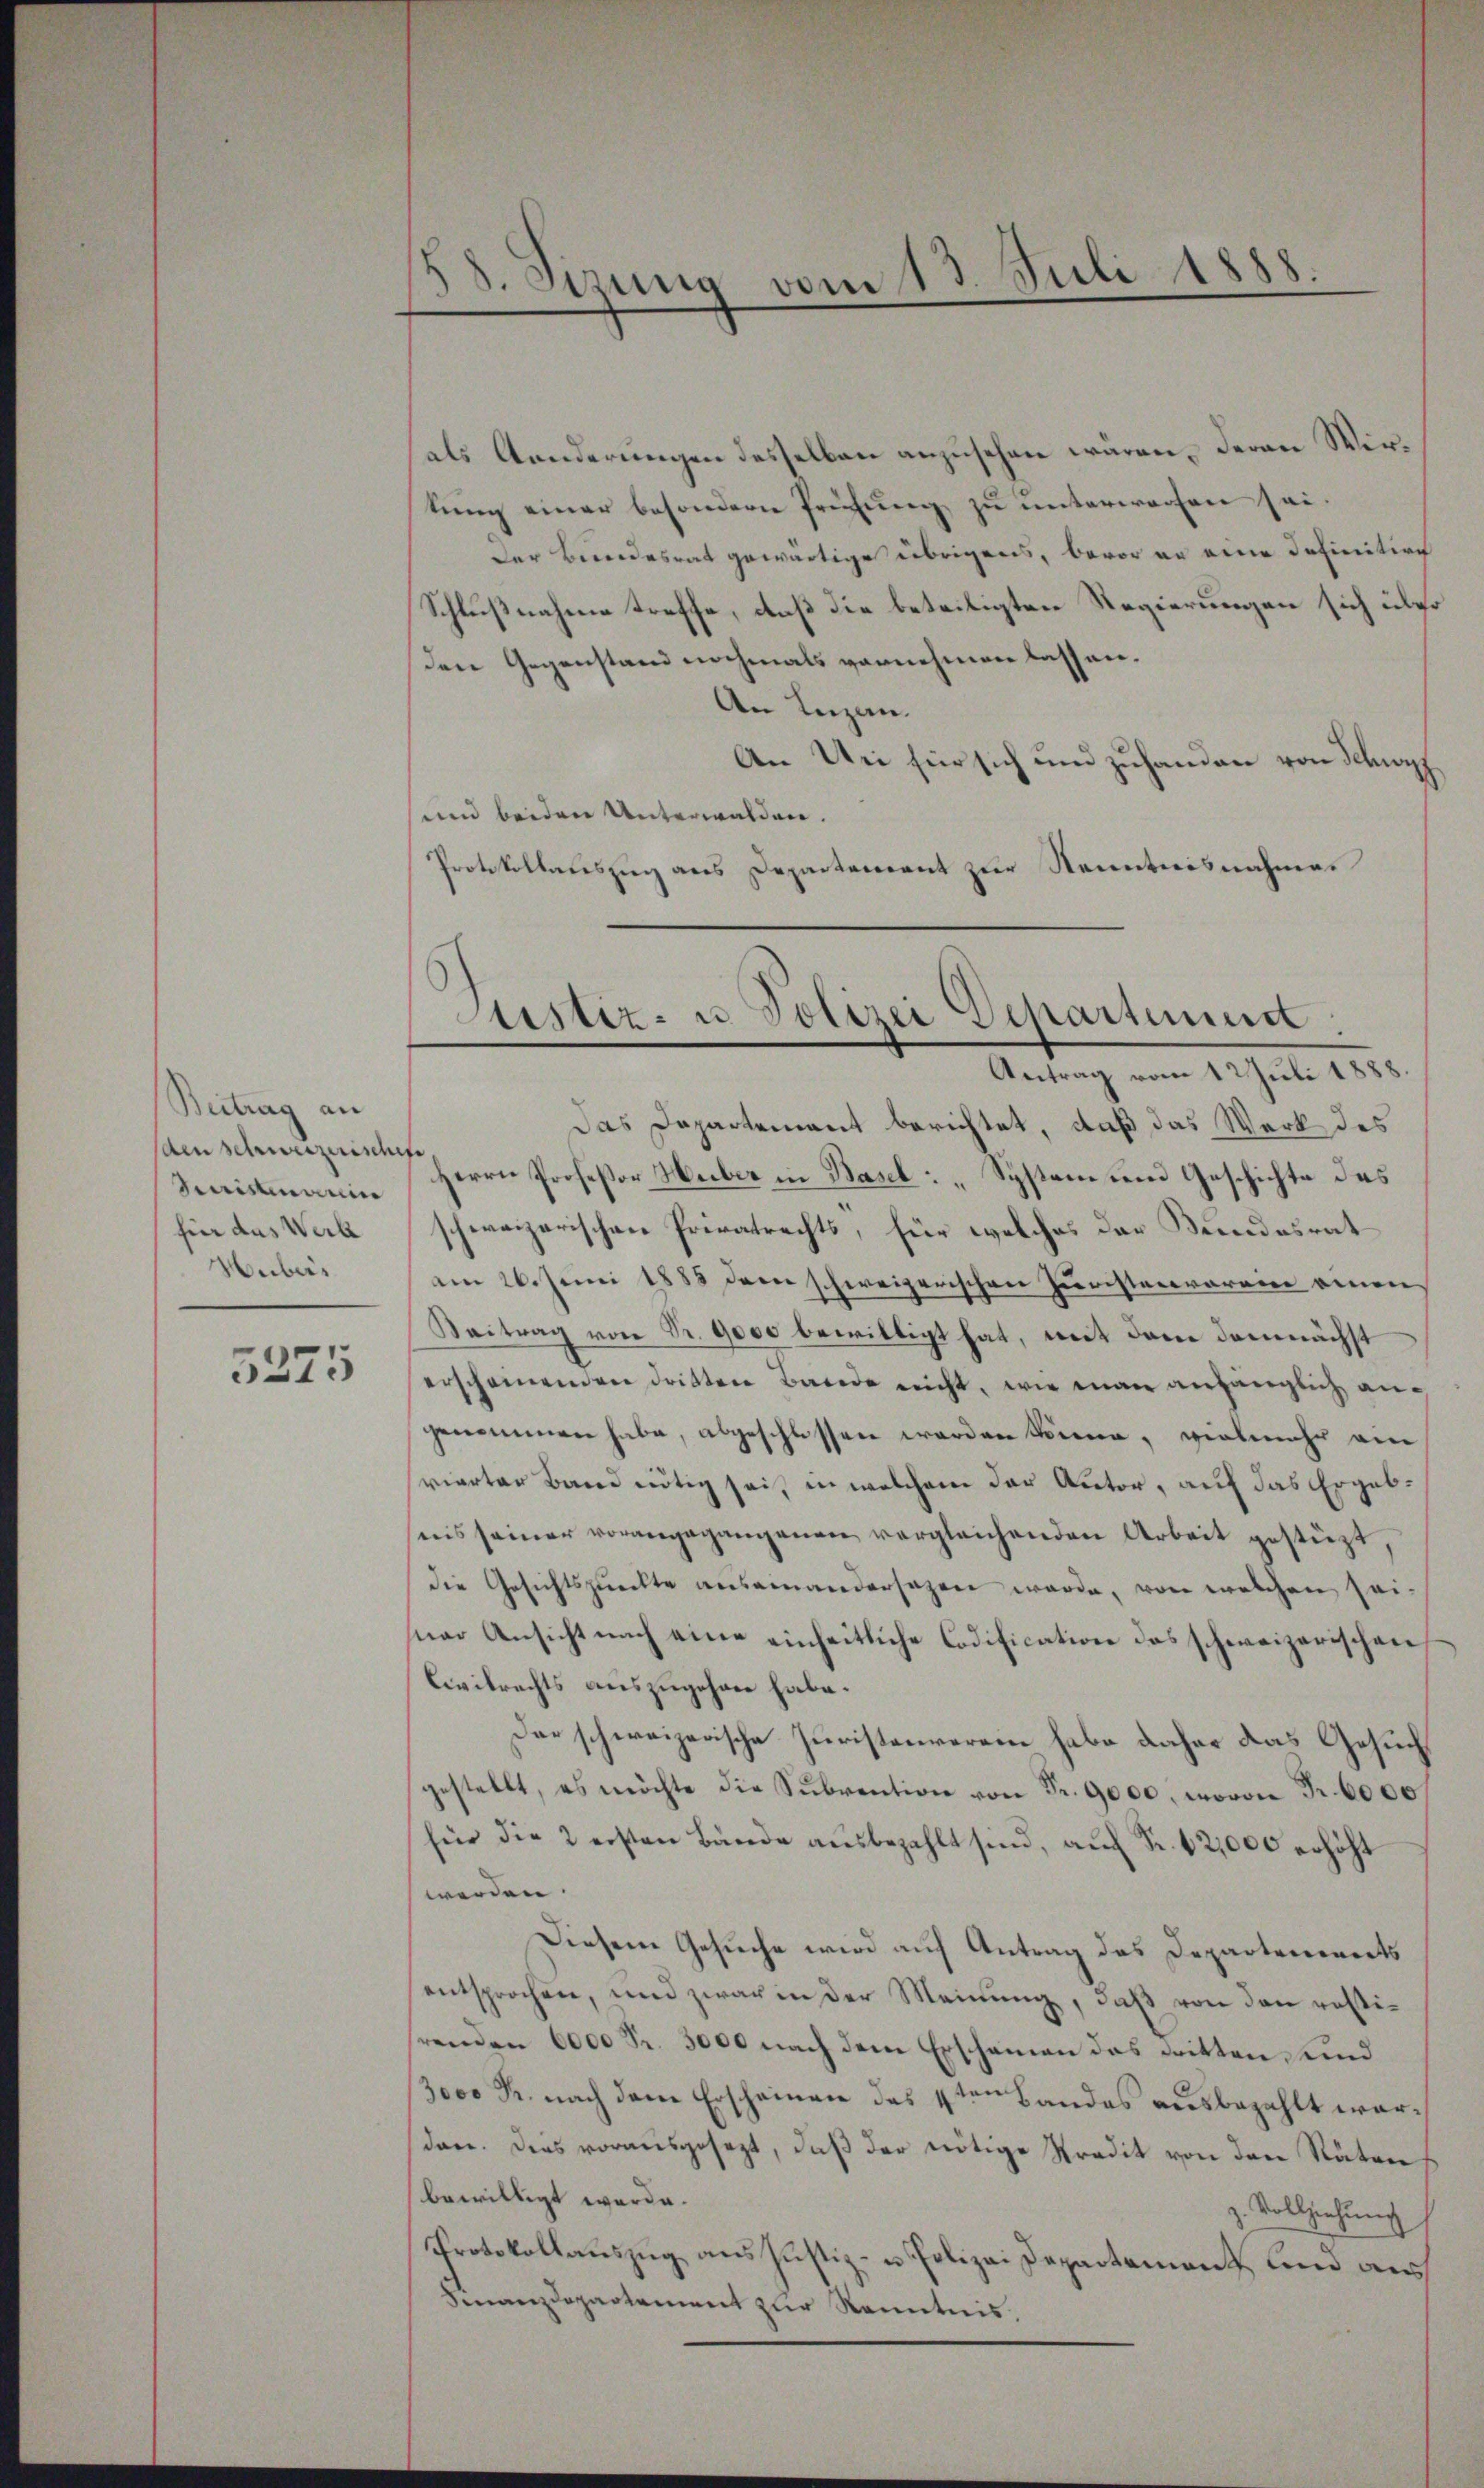
Beitrag an
den schweizerisch
Ministenann
für das Werb
Hubers

5275

.
58. Sizung vom 13. Juli 1885.

ustiz- u Polizei Departement.
Antrag vom 12 Juli 1888

als Aenderungen desselben anzusehen wären, deren Wirtung einer besondern Prüfung zu unterworfen sei.
Der Bundesrat gewärtige übrigens, bevor er eine Definitire
Schlußnahme treffe, daß die beteiligten Regierungen sich über
Den Gegenstand nochmals vornehmen lassen.
An Luzen.
An Uri für sich und zuhanden von Schwyf
und beiden Unterwalden.
Protokollauszug aus Departement zur Kenntnisnahmes
Das Departement berichtet, daß das Werk des
f
Herrn Profeßor Huber in Basel: „System und Geschichte des
schweizerischen Privatrechts, für welches der Bundesrat
am 26. Juni 1888 dem schweizerischen Juristerraran einen
Beitrag von Fr. 9000 bewilligt hat, mit dem demnächst
erscheinenden dritten Bande nicht, wie man anhänglich angenommen habe, abgeschlossen werden könne, vielmehr ein
vierter Band nötig sei, in welchem der Autor, auf das Ergebris seiner vorangegangenen vergleichenden Arbeit gestüzt,
die Gesichtspueckte auseinandersezen werde, von welchen sei-
uar Ansicht nach eine einheitliche Codification das schweizerischen
Civilrechts auszugehen habe.
Dar schweizerische Juristenverein habe daher das Gesuch
gestellt, es möchte die Sŭbvention von Fr. 9000, wovon Fr. 6000
für die 2 ersten Bände ausbezahlt sind, auf Fr. 12,000 erhöht
werden.
Diesem Gesuche wird auf Antrag des Departenereits
entsprochen, und zwar in der Meinung, daß von den restihrenden 6000 Fr. 3000 nach dem Erschainen das dritten und
3000 R. nach den Erscheinen des 4ten Landes ausbezahlt werden. Dies vorausgesezt, daß der nötige Predit von den Räten
bewilligt werde.
z. Vollziehung
Protokollauszug aus Justiz- u. Polizei Departement und aus
Finanzdepartement zur Kenntnis,